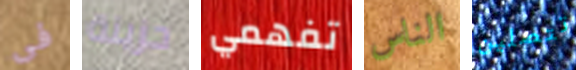
فى حزينة تفهمي الناس تتصلين